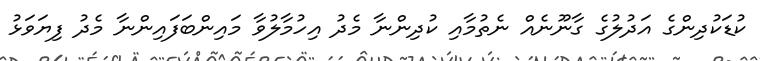
ކުޑަކުދިންގެ އަދުލުގެ ގާނޫނެއް ނެތުމާއި ކުދިންނާ މެދު އިހުމާލުވާ މައިންބަފައިންނާ މެދު ފިޔަވަޅު